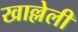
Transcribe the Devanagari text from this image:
खाल्लेली